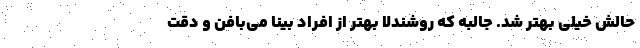
حالش خیلی بهتر شد. جالبه که روشندلا بهتر از افراد بینا می‌بافن و دقت